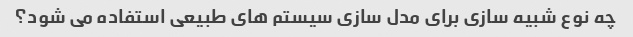
چه نوع شبیه سازی برای مدل سازی سیستم های طبیعی استفاده می شود؟